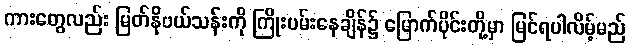
ကားတွေလည်း မြတ်နိုဗယ်သန်းကို ကြိုးပမ်းနေချိန်၌ မြောက်ပိုင်းတို့မှာ မြင်ရပါလိမ့်မည်